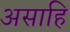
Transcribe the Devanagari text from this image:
असाहि